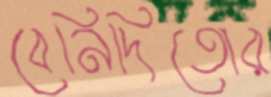
বেনিদিতোর